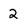
Character: 2